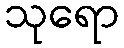
သုရော